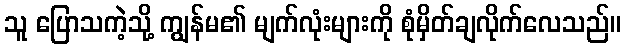
သူ ပြောသကဲ့သို့ ကျွန်မ၏ မျက်လုံးများကို စုံမှိတ်ချလိုက်လေသည်။